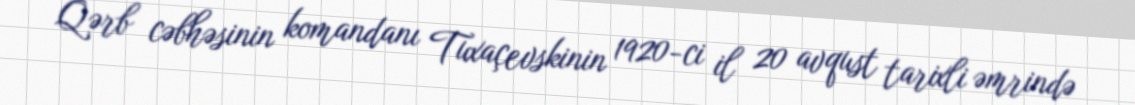
Qərb cəbhəsinin komandanı Tuxaçevskinin 1920-ci il 20 avqust tarixli əmrində